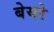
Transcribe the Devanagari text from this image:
बेयरे